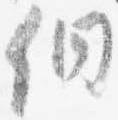
徊